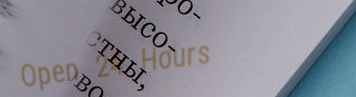
Open 24 Hours